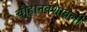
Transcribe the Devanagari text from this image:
चौहानवंशावली